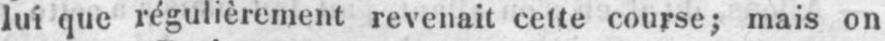
lui que régulièrement revenait cette course; mais on